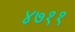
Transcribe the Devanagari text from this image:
४७११